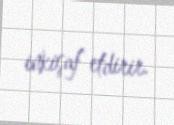
inkişaf etdirir.